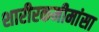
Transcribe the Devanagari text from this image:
शारीरकमीमांसा